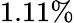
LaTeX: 1.11\%